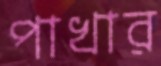
পাখার